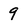
Character: 9